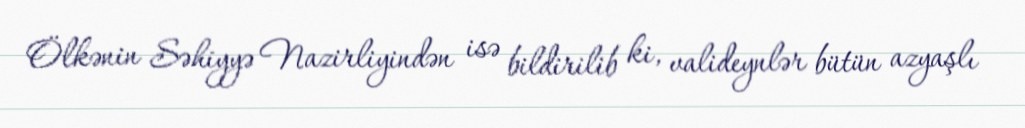
Ölkənin Səhiyyə Nazirliyindən isə bildirilib ki, valideynlər bütün azyaşlı